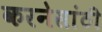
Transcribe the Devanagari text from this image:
करनेसांठी